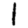
Digit: 1